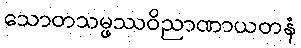
သောတသမ္ဖဿဝိညာဏာယတနံ